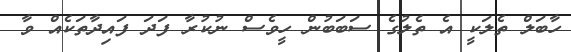
ހާބަލް ތެލަކީ އެ ތެލުގެ ސަބަބުން ހީވެސް ނުކުރާ ފަދަ ފައިދާތަކެއް ވާ